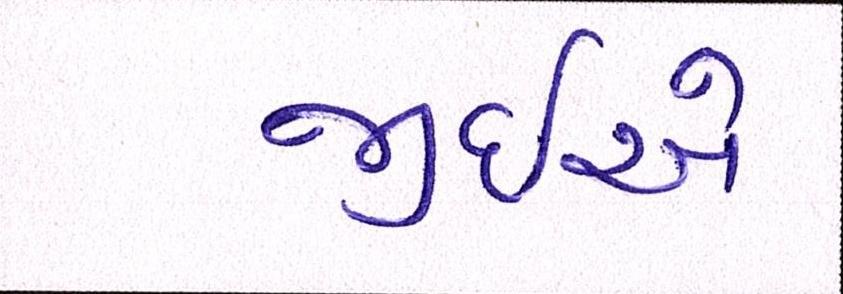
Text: જીઇએ